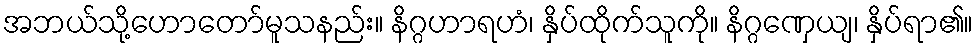
အဘယ်သို့ဟောတော်မူသနည်း။ နိဂ္ဂဟာရဟံ၊ နှိပ်ထိုက်သူကို။ နိဂ္ဂဏှေယျ၊ နှိပ်ရာ၏။